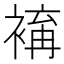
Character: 𧛥